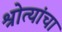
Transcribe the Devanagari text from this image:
श्रोत्यांचा